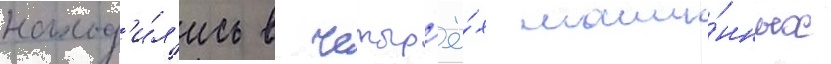
наход'и́л'ись в четыр'ё́х маши́нных